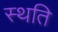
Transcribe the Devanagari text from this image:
स्‍थति